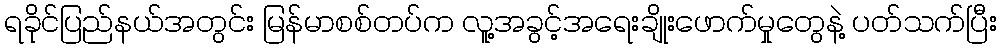
ရခိုင်ပြည်နယ်အတွင်း မြန်မာစစ်တပ်က လူ့အခွင့်အရေးချိုးဖောက်မှုတွေနဲ့ ပတ်သက်ပြီး